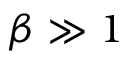
\beta \gg 1